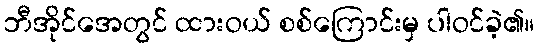
ဘီအိုင်အေတွင် ထားဝယ် စစ်ကြောင်းမှ ပါဝင်ခဲ့၏။